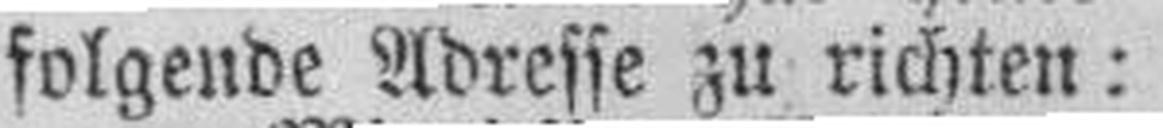
folgende Adresse zu richten: